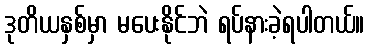
ဒုတိယနှစ်မှာ မပေးနိုင်ဘဲ ရပ်နားခဲ့ရပါတယ်။